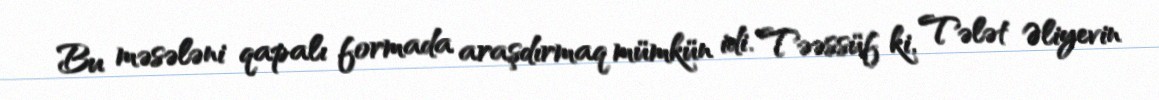
Bu məsələni qapalı formada araşdırmaq mümkün idi. Təəssüf ki, Tələt Əliyevin